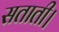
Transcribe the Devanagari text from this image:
सताती।